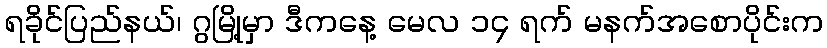
ရခိုင်ပြည်နယ်၊ ဂွမြို့မှာ ဒီကနေ့ မေလ ၁၄ ရက် မနက်အစောပိုင်းက